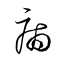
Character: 病